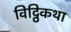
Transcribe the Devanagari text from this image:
विट्ठिकथा